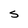
Character: S